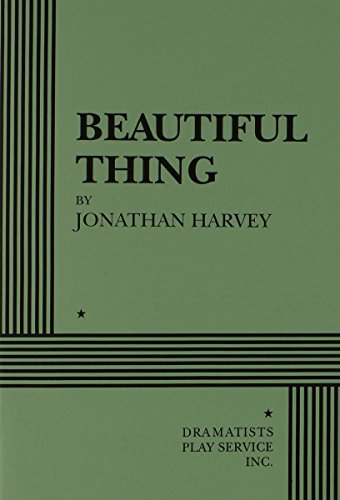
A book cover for Beautiful Thing - Acting Edition; Jonathan Harvey; Literature & Fiction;